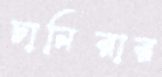
চানিরার